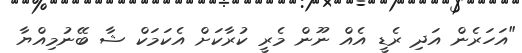
"އަހަރެން އަދި ރެޑީ އެއް ނޫން މެރީ ކުރާކަށް އެކަމަކް ޝާ ބޭނުމިއްޔާ